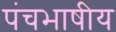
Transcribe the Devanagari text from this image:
पंचभाषीय